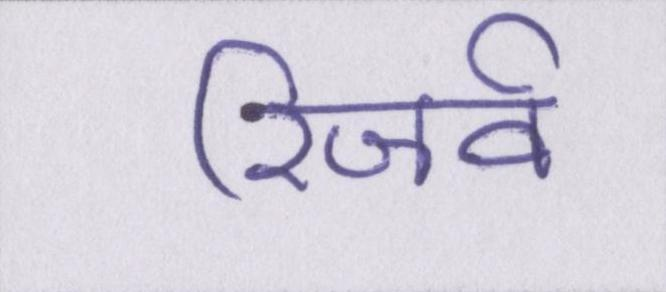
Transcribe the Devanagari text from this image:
रिजर्व